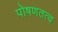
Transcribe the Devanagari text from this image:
पोषणतत्व